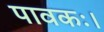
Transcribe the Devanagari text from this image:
पावकः।